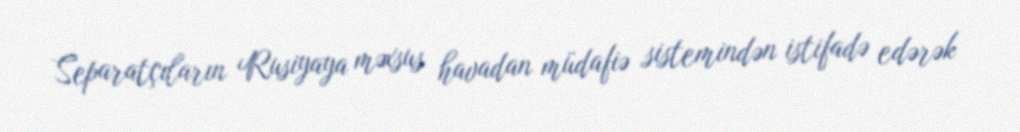
Separatçıların Rusiyaya məxsus havadan müdafiə sistemindən istifadə edərək